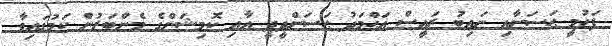
ފަހުމީ ޙަސަނާއި ނައިބު ރައީސް އަޙްމަދު ޙަސަންދީދީ އާއި ކޮމިޝަންގެ މެންބަރުން ކަމުގައިވާ